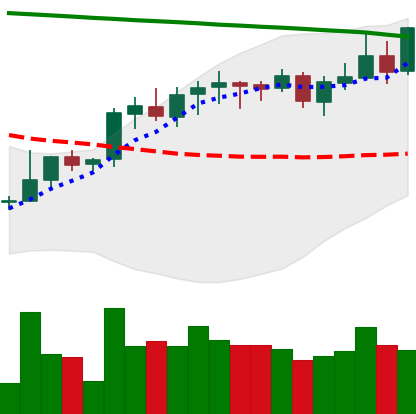
Ticker: LINK-USD
Chart end date: 2021-08-13
Forward return: -8.006%
Label: down_7plus